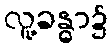
လူ့ခန္ဓာ၌